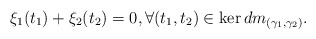
\begin{align*} \xi_1(t_1)+\xi_2(t_2)=0, \forall (t_1,t_2)\in \ker dm_{(\gamma_1,\gamma_2)}.\end{align*}